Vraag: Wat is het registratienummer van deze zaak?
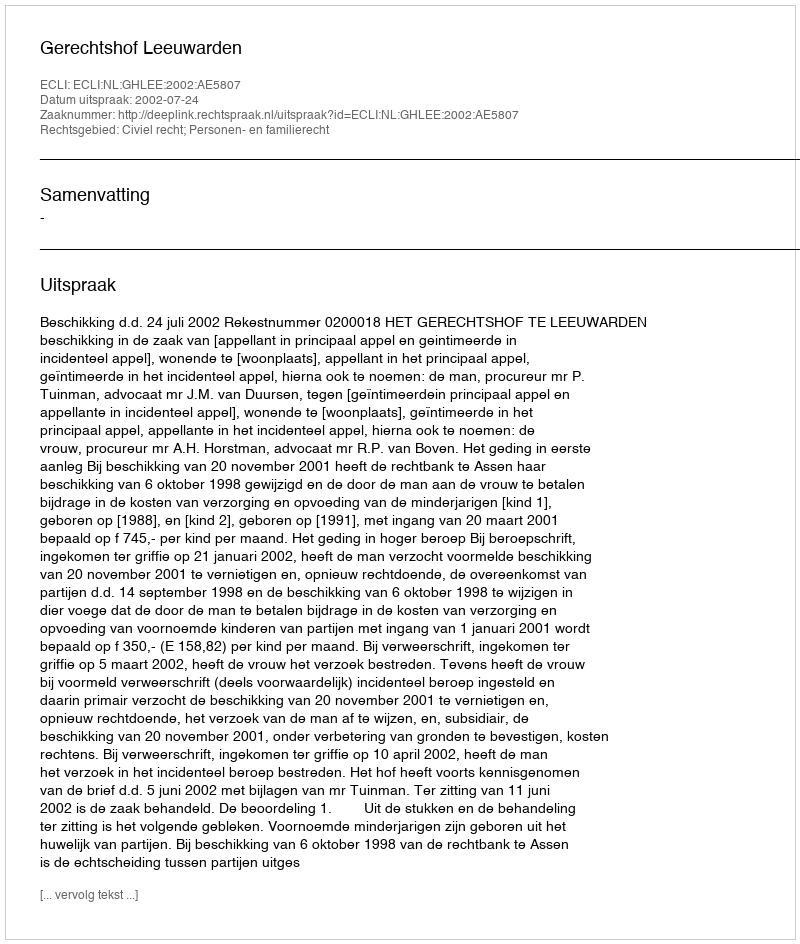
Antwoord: http://deeplink.rechtspraak.nl/uitspraak?id=ECLI:NL:GHLEE:2002:AE5807